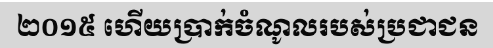
២០១៥ ហើយប្រាក់ចំណូលរបស់ប្រជាជន